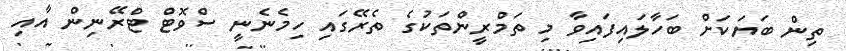
ތިން ބަޔަކަށް ބަހާލައިފައިވާ މި ތަމްރީންތަކުގެ ތެރޭގައި ހިމެނެނީ ސްވޮޓް ޓްރޭނިން އާއި